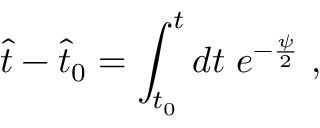
\hat { t } - \hat { t } _ { 0 } = \int _ { t _ { 0 } } ^ { t } d t \; e ^ { - \frac { \psi } { 2 } } \; ,